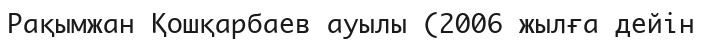
Рақымжан Қошқарбаев ауылы (2006 жылға дейін